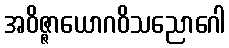
အဝိဇ္ဇာယောဂဝိသညောဂေါ